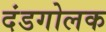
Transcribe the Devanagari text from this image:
दंडगोलक